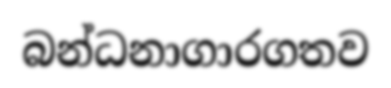
බන්ධනාගාරගතව